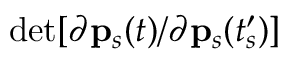
\operatorname* { d e t } [ { \partial \mathbf { p } _ { s } ( t ) } / { \partial \mathbf { p } _ { s } ( t _ { s } ^ { \prime } ) } ]